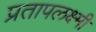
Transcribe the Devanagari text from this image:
प्रतापलक्ष्मी